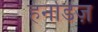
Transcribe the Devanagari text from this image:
हर्नाडेज़